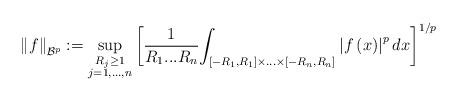
LaTeX: \begin{align*}\left\Vert f\right\Vert _{\mathcal{B}^{p}}:=\sup_{\substack{R_{j}\geq1\\j=1,...,n}}\left[ \frac{1}{R_{1}...R_{n}}{\displaystyle\int\nolimits_{\left[ -R_{1},R_{1}\right] \times...\times\left[ -R_{n},R_{n}\right] }}\left\vert f\left( x\right) \right\vert ^{p}dx\right] ^{1/p}\end{align*}